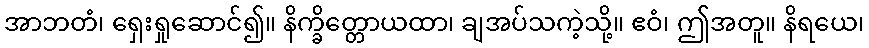
အာဘတံ၊ ရှေးရှုဆောင်၍။ နိက္ခိတ္တောယထာ၊ ချအပ်သကဲ့သို့။ ဧဝံ၊ ဤအတူ။ နိရယေ၊